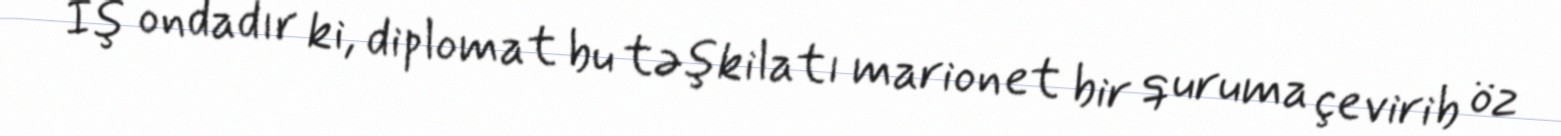
İş ondadır ki, diplomat bu təşkilatı marionet bir quruma çevirib öz